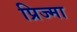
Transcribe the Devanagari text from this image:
प्रिज्मा